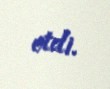
etdi.